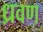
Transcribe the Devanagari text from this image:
ध्रवण